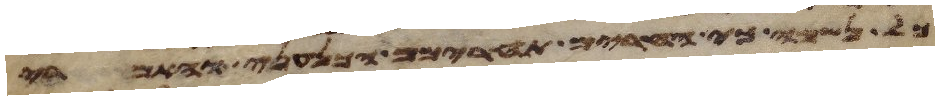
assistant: כל נשמה כי החרים תחרימם הכנעני והאמרי